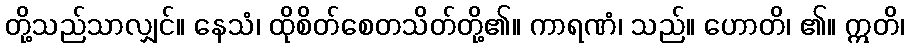
တို့သည်သာလျှင်။ နေသံ၊ ထိုစိတ်စေတသိတ်တို့၏။ ကာရဏံ၊ သည်။ ဟောတိ၊ ၏။ ဣတိ၊